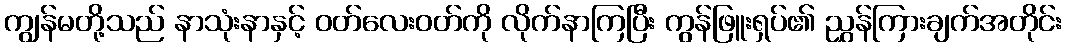
ကျွန်မတို့သည် နာသုံးနာနှင့် ဝတ်လေးဝတ်ကို လိုက်နာကြပြီး ကွန်ဖြူးရှပ်၏ ညွှန်ကြားချက်အတိုင်း